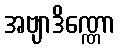
အဗျာဒိဏ္ဏော